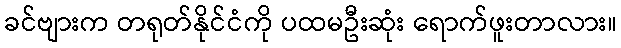
ခင်ဗျားက တရုတ်နိုင်ငံကို ပထမဦးဆုံး ရောက်ဖူးတာလား။